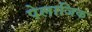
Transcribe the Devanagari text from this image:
पेलाजिक